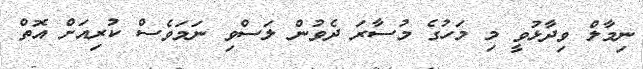
ނިމާލް ވިދާޅުވީ މި މަހުގެ މުސާރަ ދެވުން ލަސްވި ނަމަވެސް ކުރިއަށް އޮތް